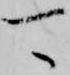
可